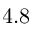
4 . 8